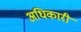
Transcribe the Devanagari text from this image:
अधिकारी